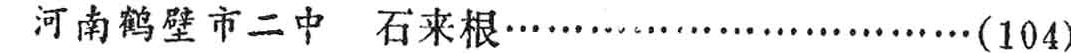
河南鹤壁市二中 石来根\ldots\ldots\ldots\ldots\ldots\ldots\ldots\ldots\ldots(104)